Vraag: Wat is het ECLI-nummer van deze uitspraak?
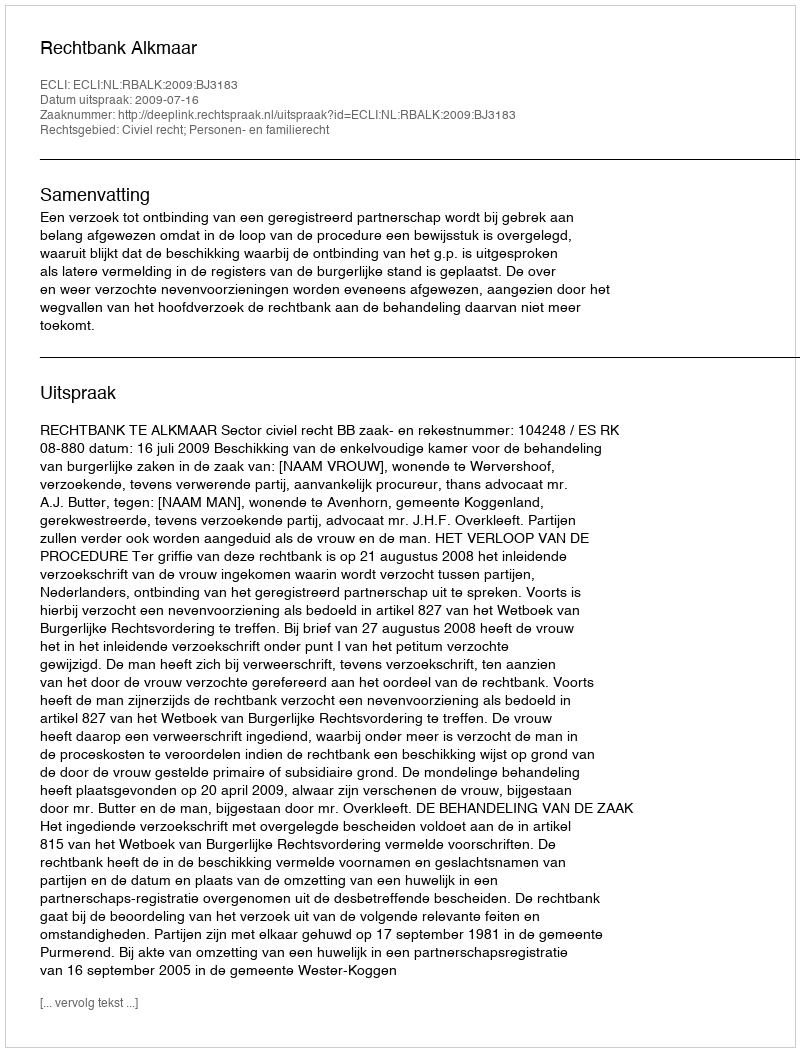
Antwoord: ECLI:NL:RBALK:2009:BJ3183